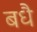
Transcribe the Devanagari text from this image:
बधै